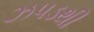
ઝપડથી